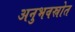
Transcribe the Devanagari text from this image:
अनुभवस्रोत